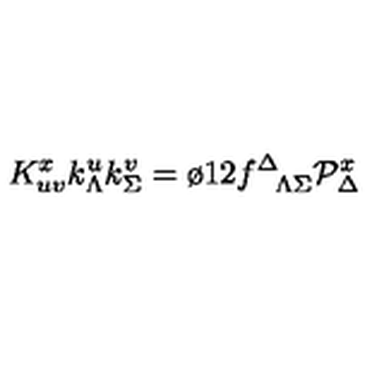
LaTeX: K _ { u v } ^ { x } k _ { \Lambda } ^ { u } k _ { \Sigma } ^ { v } = { \o { 1 } { 2 } } f _ { \phantom { \Delta } \Lambda \Sigma } ^ { \Delta } { \cal P } _ { \Delta } ^ { x }